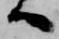
へ